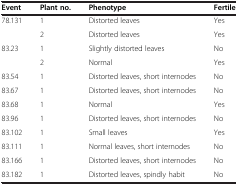
<table><thead><tr><td><b>Event</b></td><td><b>Plant no.</b></td><td><b>Phenotype</b></td><td><b>Fertile</b></td></tr></thead><tbody><tr><td>78.131</td><td>1</td><td>Distorted leaves</td><td>Yes</td></tr><tr><td> </td><td>2</td><td>Distorted leaves</td><td>Yes</td></tr><tr><td>83.23</td><td>1</td><td>Slightly distorted leaves</td><td>No</td></tr><tr><td> </td><td>2</td><td>Normal</td><td>Yes</td></tr><tr><td>83.54</td><td>1</td><td>Distorted leaves, short internodes</td><td>No</td></tr><tr><td>83.67</td><td>1</td><td>Distorted leaves, short internodes</td><td>No</td></tr><tr><td>83.68</td><td>1</td><td>Normal</td><td>Yes</td></tr><tr><td>83.96</td><td>1</td><td>Distorted leaves, short internodes</td><td>No</td></tr><tr><td>83.102</td><td>1</td><td>Small leaves</td><td>Yes</td></tr><tr><td>83.111</td><td>1</td><td>Normal leaves, short internodes</td><td>No</td></tr><tr><td>83.166</td><td>1</td><td>Distorted leaves, short internodes</td><td>No</td></tr><tr><td>83.182</td><td>1</td><td>Distorted leaves, spindly habit</td><td>No</td></tr></tbody></table>